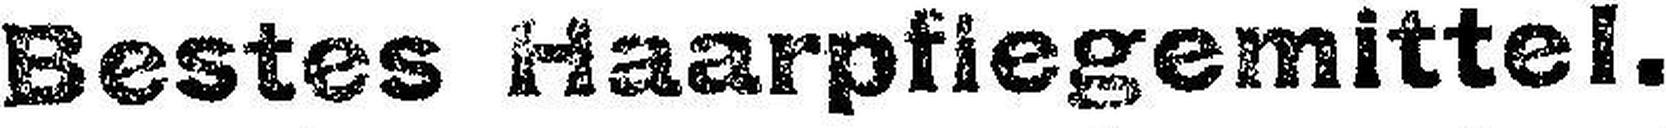
Bestes Haarpfiegemittel.